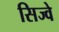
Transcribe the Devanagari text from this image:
सिज्वे